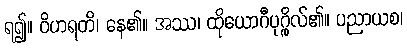
ရ၍။ ဝိဟရတိ၊ နေ၏။ အဿ၊ ထိုယောဂီပုဂ္ဂိုလ်၏။ ပညာယစ၊